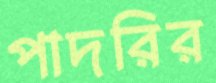
পাদরির